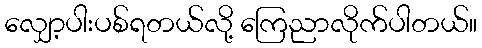
လျှော့ပါးပစ်ရတယ်လို့ ကြေညာလိုက်ပါတယ်။